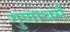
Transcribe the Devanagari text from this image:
गुणाधर्म